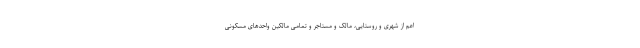
اعم از شهری و روستایی، مالک و مستاجر و تمامی مالکین واحدهای مسکونی